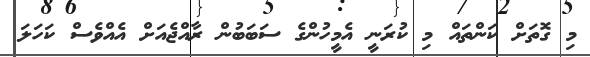
މި ގޮތަށް ކަންތައް މި ކުރަނީ އެމީހުންގެ ސަބަބުން ރާއްޖެއަށް އެއްވެސް ކަހަލަ